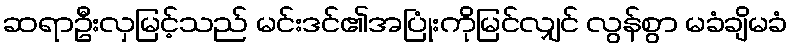
ဆရာဦးလှမြင့်သည် မင်းဒင်၏အပြုံးကိုမြင်လျှင် လွန်စွာ မခံချိမခံ